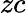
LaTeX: zc